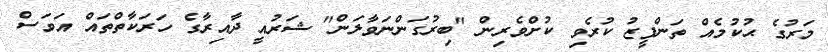
މަރުގެ ޙުކުމެއް ތަންފީޒު ކުރެވި ކުށްވެރިން "ބިރުގަންނަވާލަން" ޝަރުއީ ދާއިރާގެ ހަރަކާތްތައް އަވަސް